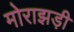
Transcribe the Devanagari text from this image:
मोराझड़ी